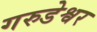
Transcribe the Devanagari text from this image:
गरुडेश्वर